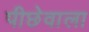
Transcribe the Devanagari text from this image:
पीछेवाला